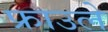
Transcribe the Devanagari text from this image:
फ्राउले